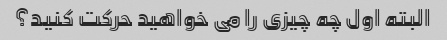
البته اول چه چیزی را می خواهید حرکت کنید؟